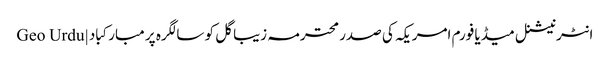
انٹرنیشنل میڈیا فورم امریکہ کی صدر محترمہ زیبا گل کو سالگرہ پر مبارکباد | Geo Urdu